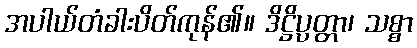
အပါယ်တံခါးပိတ်ကုန်၏။ ဒိဋ္ဌိပ္ပတ္တာ၊ သစ္စာ